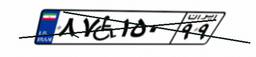
۱۳W۰۳۷۹۶